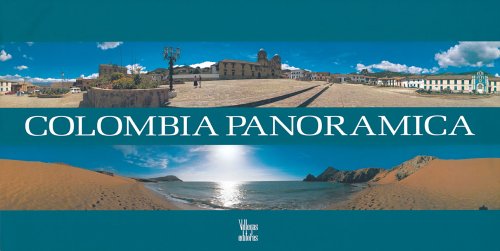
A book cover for Colombia panoramica; Enrique Pulecio; Travel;